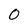
Character: 0